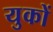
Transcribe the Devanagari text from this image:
युकों